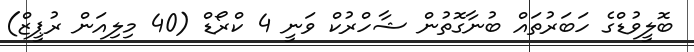
ބޮލީވުޑްގެ ހަބަރުތައް ބުނާގޮތުން ޝާހްރުކް ވަނީ 4 ކްރޯޑް (40 މިލިއަން ރުޕީޒް)